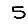
Digit: 5